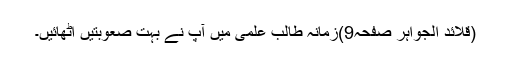
(قلائد الجواہر صفحہ9)زمانہ طالب علمی میں آپ نے بہت صعوبتیں اٹھائیں۔